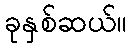
ခုနှစ်ဆယ်။